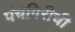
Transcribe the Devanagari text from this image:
पंचगिरीची